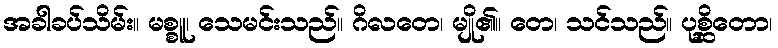
အခါခပ်သိမ်း။ မစ္စူ၊ သေမင်းသည်။ ဂိလတေ၊ မျို၏။ တေ၊ သင်သည်။ ပုစ္ဆိတော၊